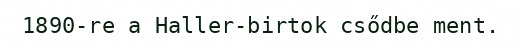
1890-re a Haller-birtok csődbe ment.